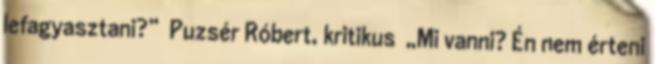
lefagyasztani?” Puzsér Róbert, kritikus „Mi vanni? Én nem érteni